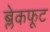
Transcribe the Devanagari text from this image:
ब्लेकफूट